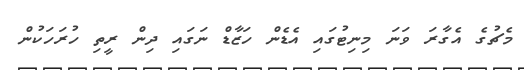
މެޗުގެ އެގާރަ ވަނަ މިނިޓުގައި އެޑެން ހަޒާޑް ނަގައި ދިން ރީތި ހުރަހަކުން